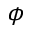
\phi